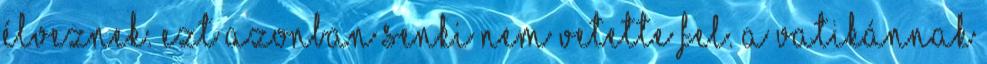
élveznek. Ezt azonban senki nem vetette fel. A Vatikánnak